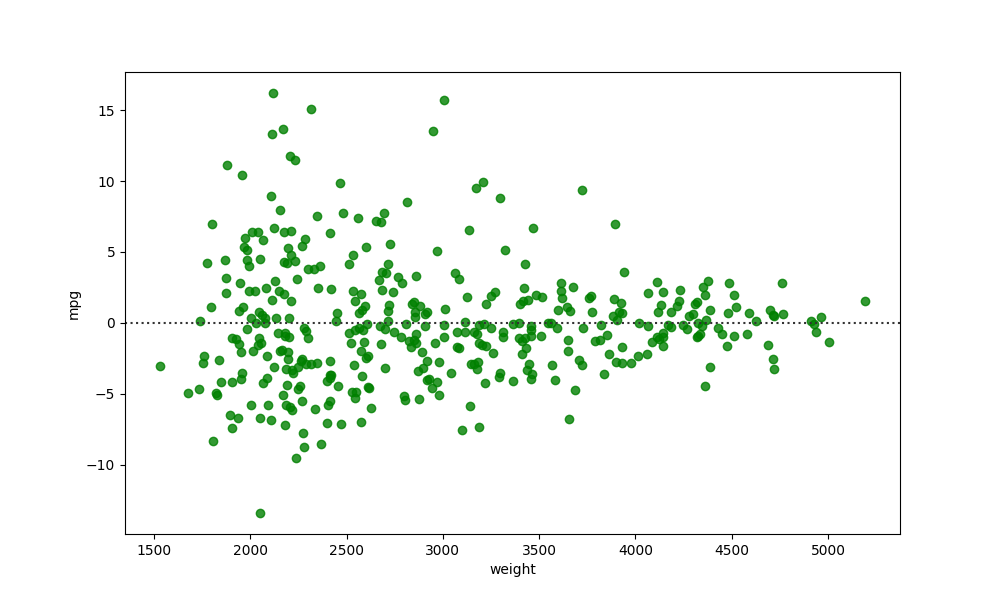
python, seaborn, residplot, lowess=False, scatter_color=green